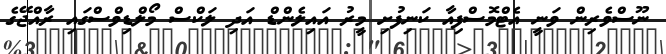
ނޫސްވެރިން ވަނީ އެޓްމޮސްފިއާ ކަނިފުށި މީރު އައިލެންޑް އަދި ލަކްސް މޯލްޑިވްސްގައި ރާއްޖޭގެ